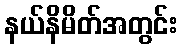
နယ်နိမိတ်အတွင်း